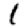
Digit: 1